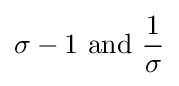
\sigma -1{\text{ and }}{\frac {1}{\sigma }}